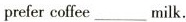
prefer coffee___milk.